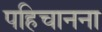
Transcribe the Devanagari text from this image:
पहिचानना